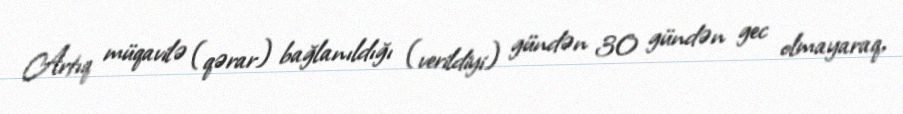
Artıq müqavilə (qərar) bağlanıldığı (verildiyi) gündən 30 gündən gec olmayaraq,